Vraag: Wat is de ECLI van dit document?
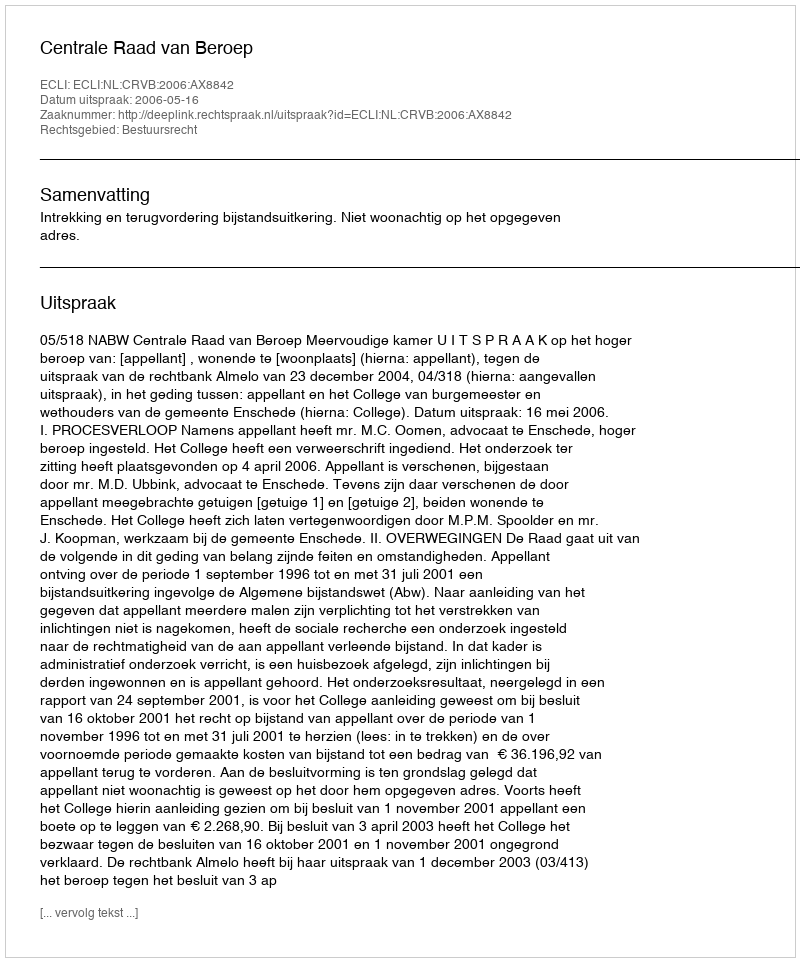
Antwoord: ECLI:NL:CRVB:2006:AX8842